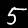
Label: 5